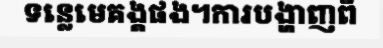
ទន្លេមេគង្គផង។ការបង្ហាញពី